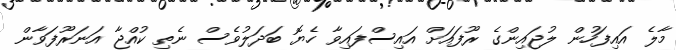
މާލެ އައިފަހުން ލުޖައިންގެ ރޫފައަށް އައިސްފައިވާ ހެޔޮ ބަދަލުވެސް ނެތި ކުއްޖާ އަނަރޫފަވާން